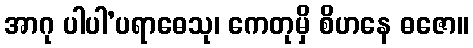
အာဂု ပါပါ’ပရာဓေသု၊ ကေတုမှိ စိဟနေ ဓဇော။